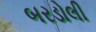
બરડોલી